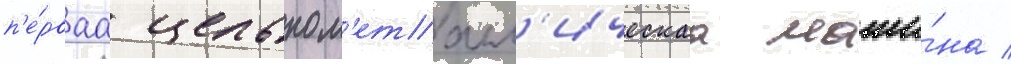
п'е́рваа цельном'еталл'ическаа маши́на /